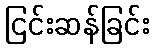
ငြင်းဆန်ခြင်း